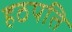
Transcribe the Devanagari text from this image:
हठपति